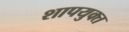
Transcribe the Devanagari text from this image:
शापयुक्‍त